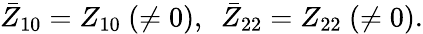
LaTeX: \bar{Z}_{10}=Z_{10}~(\neq 0),~~\bar{Z}_{22}=Z_{22}~(\neq 0).